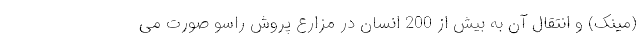
(مینک) و انتقال آن به بیش از 200 انسان در مزارع پروش راسو صورت می